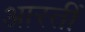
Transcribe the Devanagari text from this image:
आरतीं